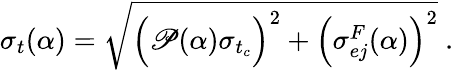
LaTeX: \sigma_{t}(\alpha)=\sqrt{\Big(\mathscr{P}(\alpha)\sigma_{t_{c}}\Big)^{2}+\Big(\sigma_{ej}^{F}(\alpha)\Big)^{2}}~.